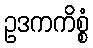
ဥဒကကိစ္စံ